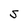
Character: S